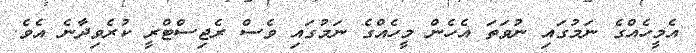
އެމީހެއްގެ ނަމުގައި ނުވަތަ އެހެން މީހެއްގެ ނަމުގައި ވެސް ރެޖިސްޓްރީ ކުރެވިދާނެ އެވެ.